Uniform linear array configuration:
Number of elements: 64
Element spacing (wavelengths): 0.25
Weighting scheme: uniform
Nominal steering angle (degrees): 60
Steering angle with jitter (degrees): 60.051
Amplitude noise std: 0.05
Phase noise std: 0.05

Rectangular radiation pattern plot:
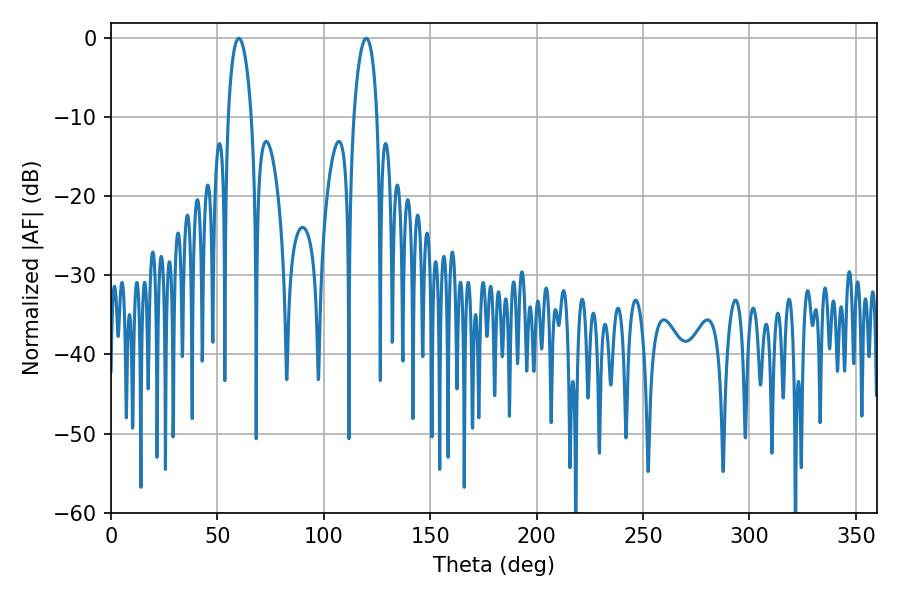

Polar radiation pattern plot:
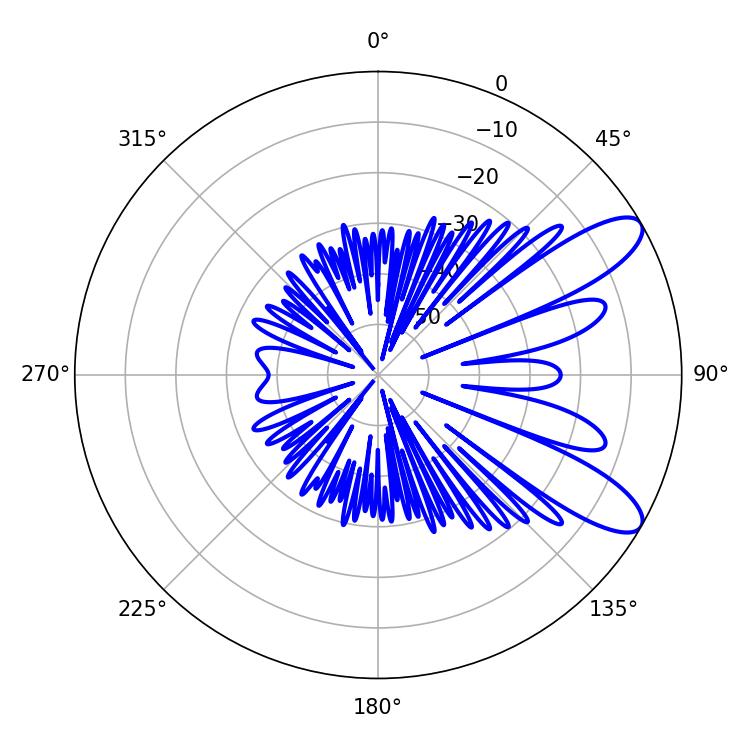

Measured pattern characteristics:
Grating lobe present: FALSE
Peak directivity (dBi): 9.697
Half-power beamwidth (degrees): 6.3
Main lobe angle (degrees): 60.12